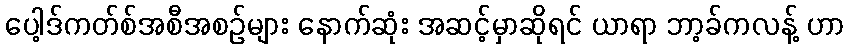
ပေါ့ဒ်ကတ်စ်အစီအစဉ်များ နောက်ဆုံး အဆင့်မှာဆိုရင် ယာရာ ဘာ့ခ်ကလန့် ဟာ